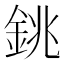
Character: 銚